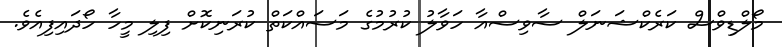
މޯލްޑިވްސް ކަރެކްޝަނަލް ސާވިސްއާ ހަވާލު ކުރުމުގެ މަސައްކަތް ކުރަނިކޮށް ފިލި މީހާ ހޯދައިފިއެވެ.